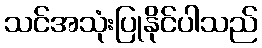
သင်အသုံးပြုနိုင်ပါသည်